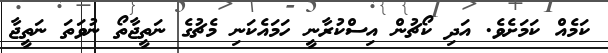
ކަމެއް ކަމަށެވެ. އަދި ކޯޗުން އިސްކުރާނީ ހަމައެކަނި މެޗުގެ ނަތީޖާތޯ ނުވަތަ ނަތީޖާ